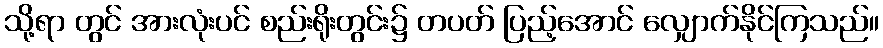
သို့ရာ တွင် အားလုံးပင် စည်းရိုးတွင်း၌ တပတ် ပြည့်အောင် လျှောက်နိုင်ကြသည်။